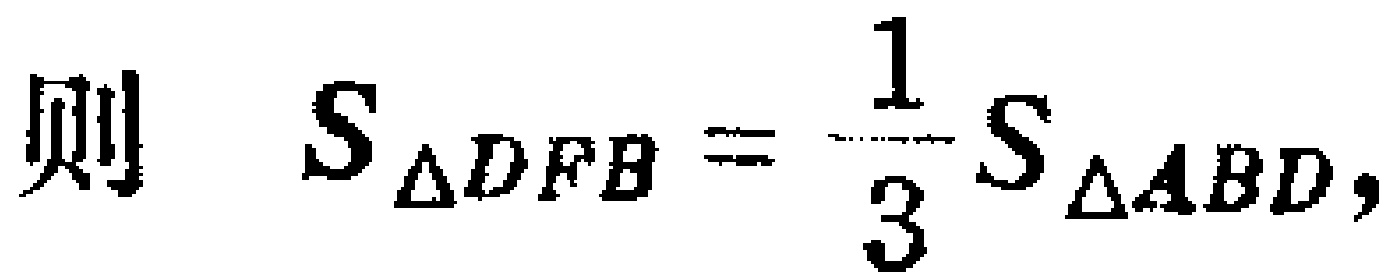
则 \(S_{\triangle DFB}=\dfrac{1}{3}S_{\triangle ABD},\)